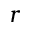
r